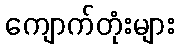
ကျောက်တုံးများ